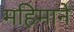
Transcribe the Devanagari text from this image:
महिमाने